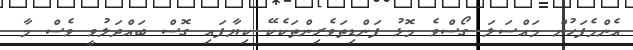
އެންމެފަހުން މައްސަލަ ގޯސްވެ މޮޅު ފަންޑިތަވެރިންތަކެކޭ ކިޔާފައި ގޮސް ބައްދަލުވީ ވެސް މާ